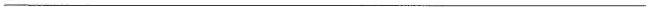
___